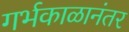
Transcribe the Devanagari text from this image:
गर्भकाळानंतर